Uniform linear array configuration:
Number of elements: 8
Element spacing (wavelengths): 0.25
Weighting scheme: hamming
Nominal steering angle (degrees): -30
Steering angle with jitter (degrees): -31.94
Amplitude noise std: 0.05
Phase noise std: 0.05

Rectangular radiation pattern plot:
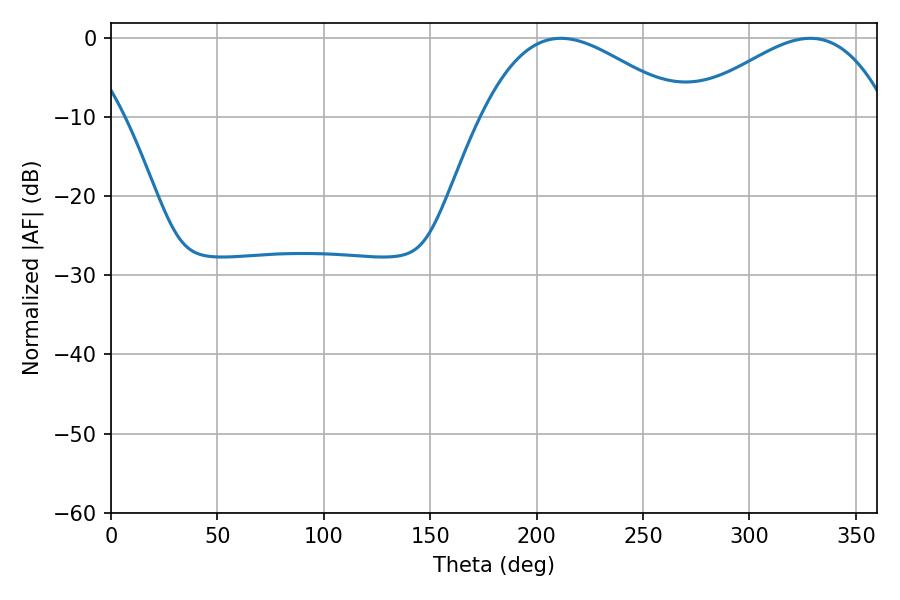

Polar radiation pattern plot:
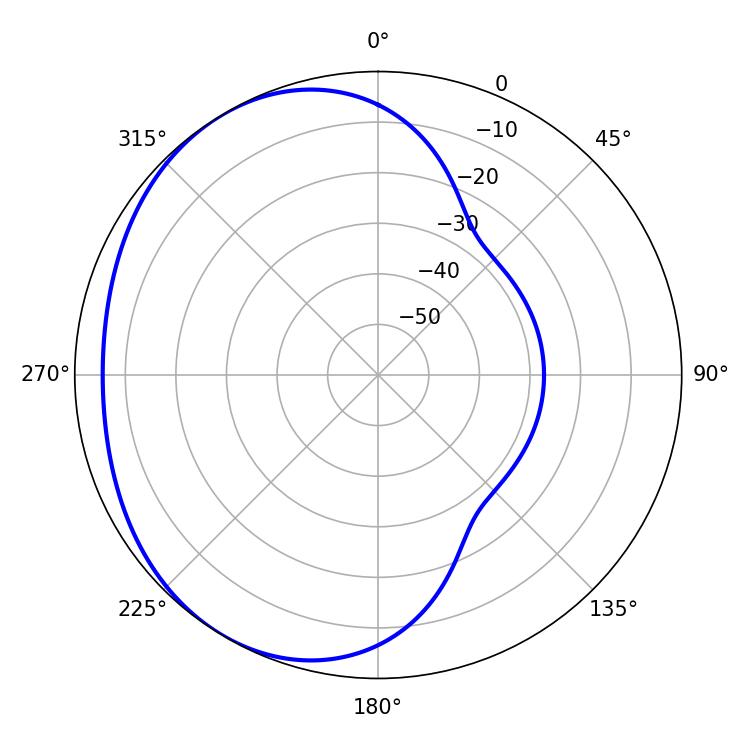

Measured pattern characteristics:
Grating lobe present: FALSE
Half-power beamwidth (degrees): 51.3
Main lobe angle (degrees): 211.32